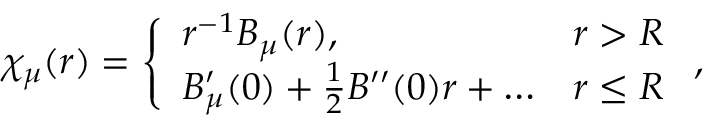
\chi _ { \mu } ( r ) = \left\{ \begin{array} { l l } { r ^ { - 1 } B _ { \mu } ( r ) , } & { r > R } \\ { B _ { \mu } ^ { \prime } ( 0 ) + \frac { 1 } { 2 } B ^ { \prime \prime } ( 0 ) r + \dots } & { r \le R } \end{array} \right. ,